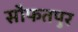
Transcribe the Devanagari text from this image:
सौफतपुर